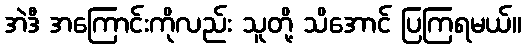
အဲဒီ အကြောင်းကိုလည်း သူတို့ သိအောင် ပြကြရမယ်။